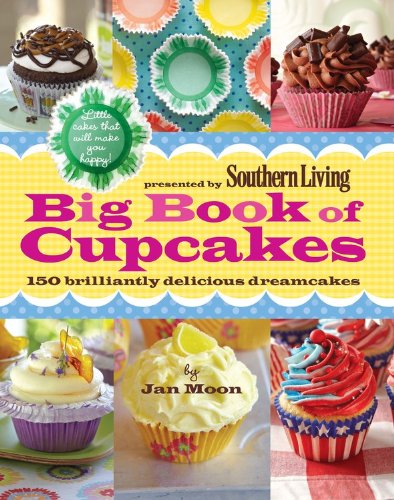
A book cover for Presented by Southern Living Big Book of Cupcakes: 150 Brilliantly Delicious Dreamcakes; Jan Moon; Cookbooks, Food & Wine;